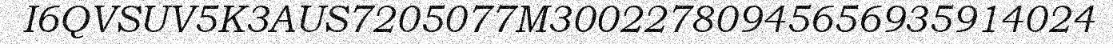
I6QVSUV5K3AUS7205077M30022780945656935914024